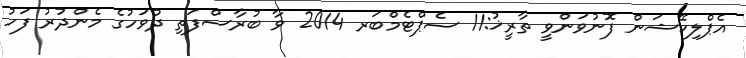
އެޕްލިކޭޝަން ފޮނުވަންވީ ތާރީޚު:11 ސެޕްޓެމްބަރ 2014 ވާ ބުރާސްފަތި ދުވަހުގެ މެންދުރު ފަހު